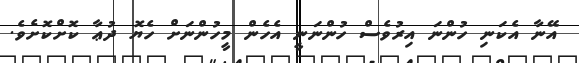
އޭނާ އެކަނި ހުންނަ އިރުވެސް ހުންނަނީ އެހެން މީހުންނަށް ހެޔޮ ދުޢާ ކޮށްކޮށެވެ.